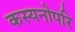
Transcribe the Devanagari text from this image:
कस्यनोपरि